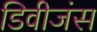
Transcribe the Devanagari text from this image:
डिवीजंस